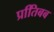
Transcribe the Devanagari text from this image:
प्रतििबब